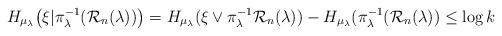
LaTeX: \begin{align*}H_{\mu_\lambda}\big(\xi| \pi_{\lambda}^{-1}(\mathcal R_n(\lambda))\big) = H_{\mu_\lambda}(\xi \vee \pi_{\lambda}^{-1} \mathcal R_n(\lambda)) - H_{\mu_\lambda}(\pi_{\lambda}^{-1}(\mathcal R_n(\lambda)) \le \log k\end{align*}